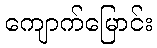
ကျောက်မြောင်း